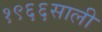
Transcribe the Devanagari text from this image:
१९६६साली